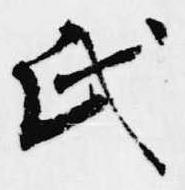
氏